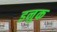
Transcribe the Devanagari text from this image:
इनुक